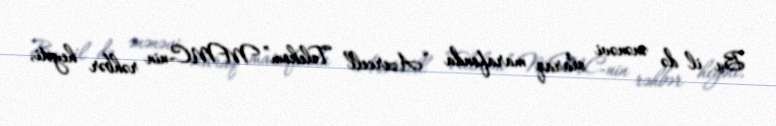
Bu il də ənənəvi olaraq marafonda “Azercell Telekom” MMC-nin rəhbər heyəti,